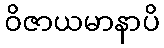
ဝိဇာယမာနာပိ